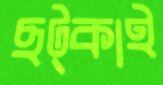
ছট্‌কাই